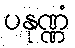
ပနုဏ္ဏံ